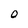
Character: O